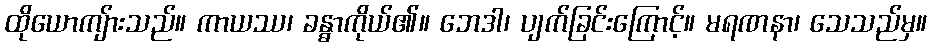
ထိုယောကျ်ားသည်။ ကာယဿ၊ ခန္ဓာကိုယ်၏။ ဘေဒါ၊ ပျက်ခြင်းကြောင့်။ မရဏနာ၊ သေသည်မှ။